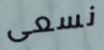
نسعى